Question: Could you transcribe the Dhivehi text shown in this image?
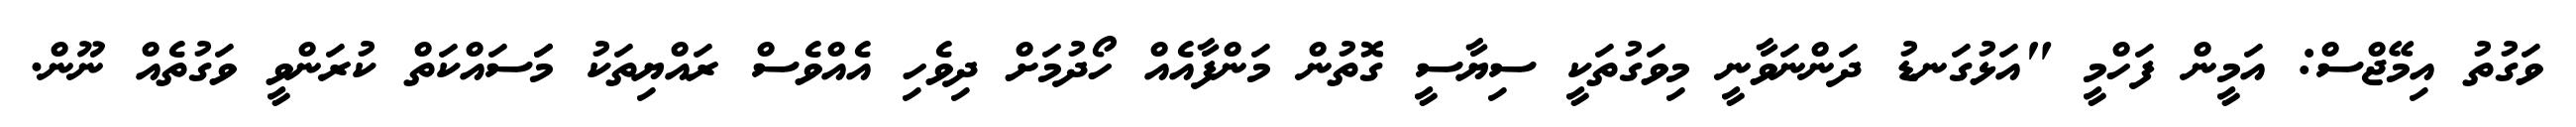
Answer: ވަގުތު އިމޭޖްސް: އަމީން ފަހްމީ "އަޅުގަނޑު ދަންނަވާނީ މިވަގުތަކީ ސިޔާސީ ގޮތުން މަންފާއެއް ހޯދުމަށް ދިވެހި އެއްވެސް ރައްޔިތަކު މަަސައްކަތް ކުރަންވީ ވަގުތެއް ނޫން.